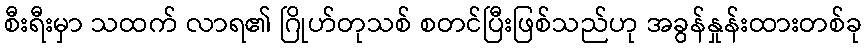
စီးရီးမှာ သထက် လာရ၏ ဂြိုဟ်တုသစ် စတင်ပြီးဖြစ်သည်ဟု အခွန်နှုန်းထားတစ်ခု